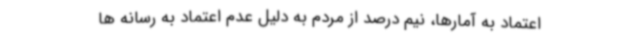
اعتماد به آمارها، نیم درصد از مردم به دلیل عدم اعتماد به رسانه ها